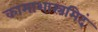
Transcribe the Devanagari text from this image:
कामाशास्त्रमिदं